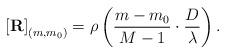
LaTeX: \begin{align*}\left[\mathbf{R}\right]_{(m,m_0)}=\rho\left(\frac{m-m_0}{M-1}\cdot\frac{D}{\lambda}\right).\end{align*}